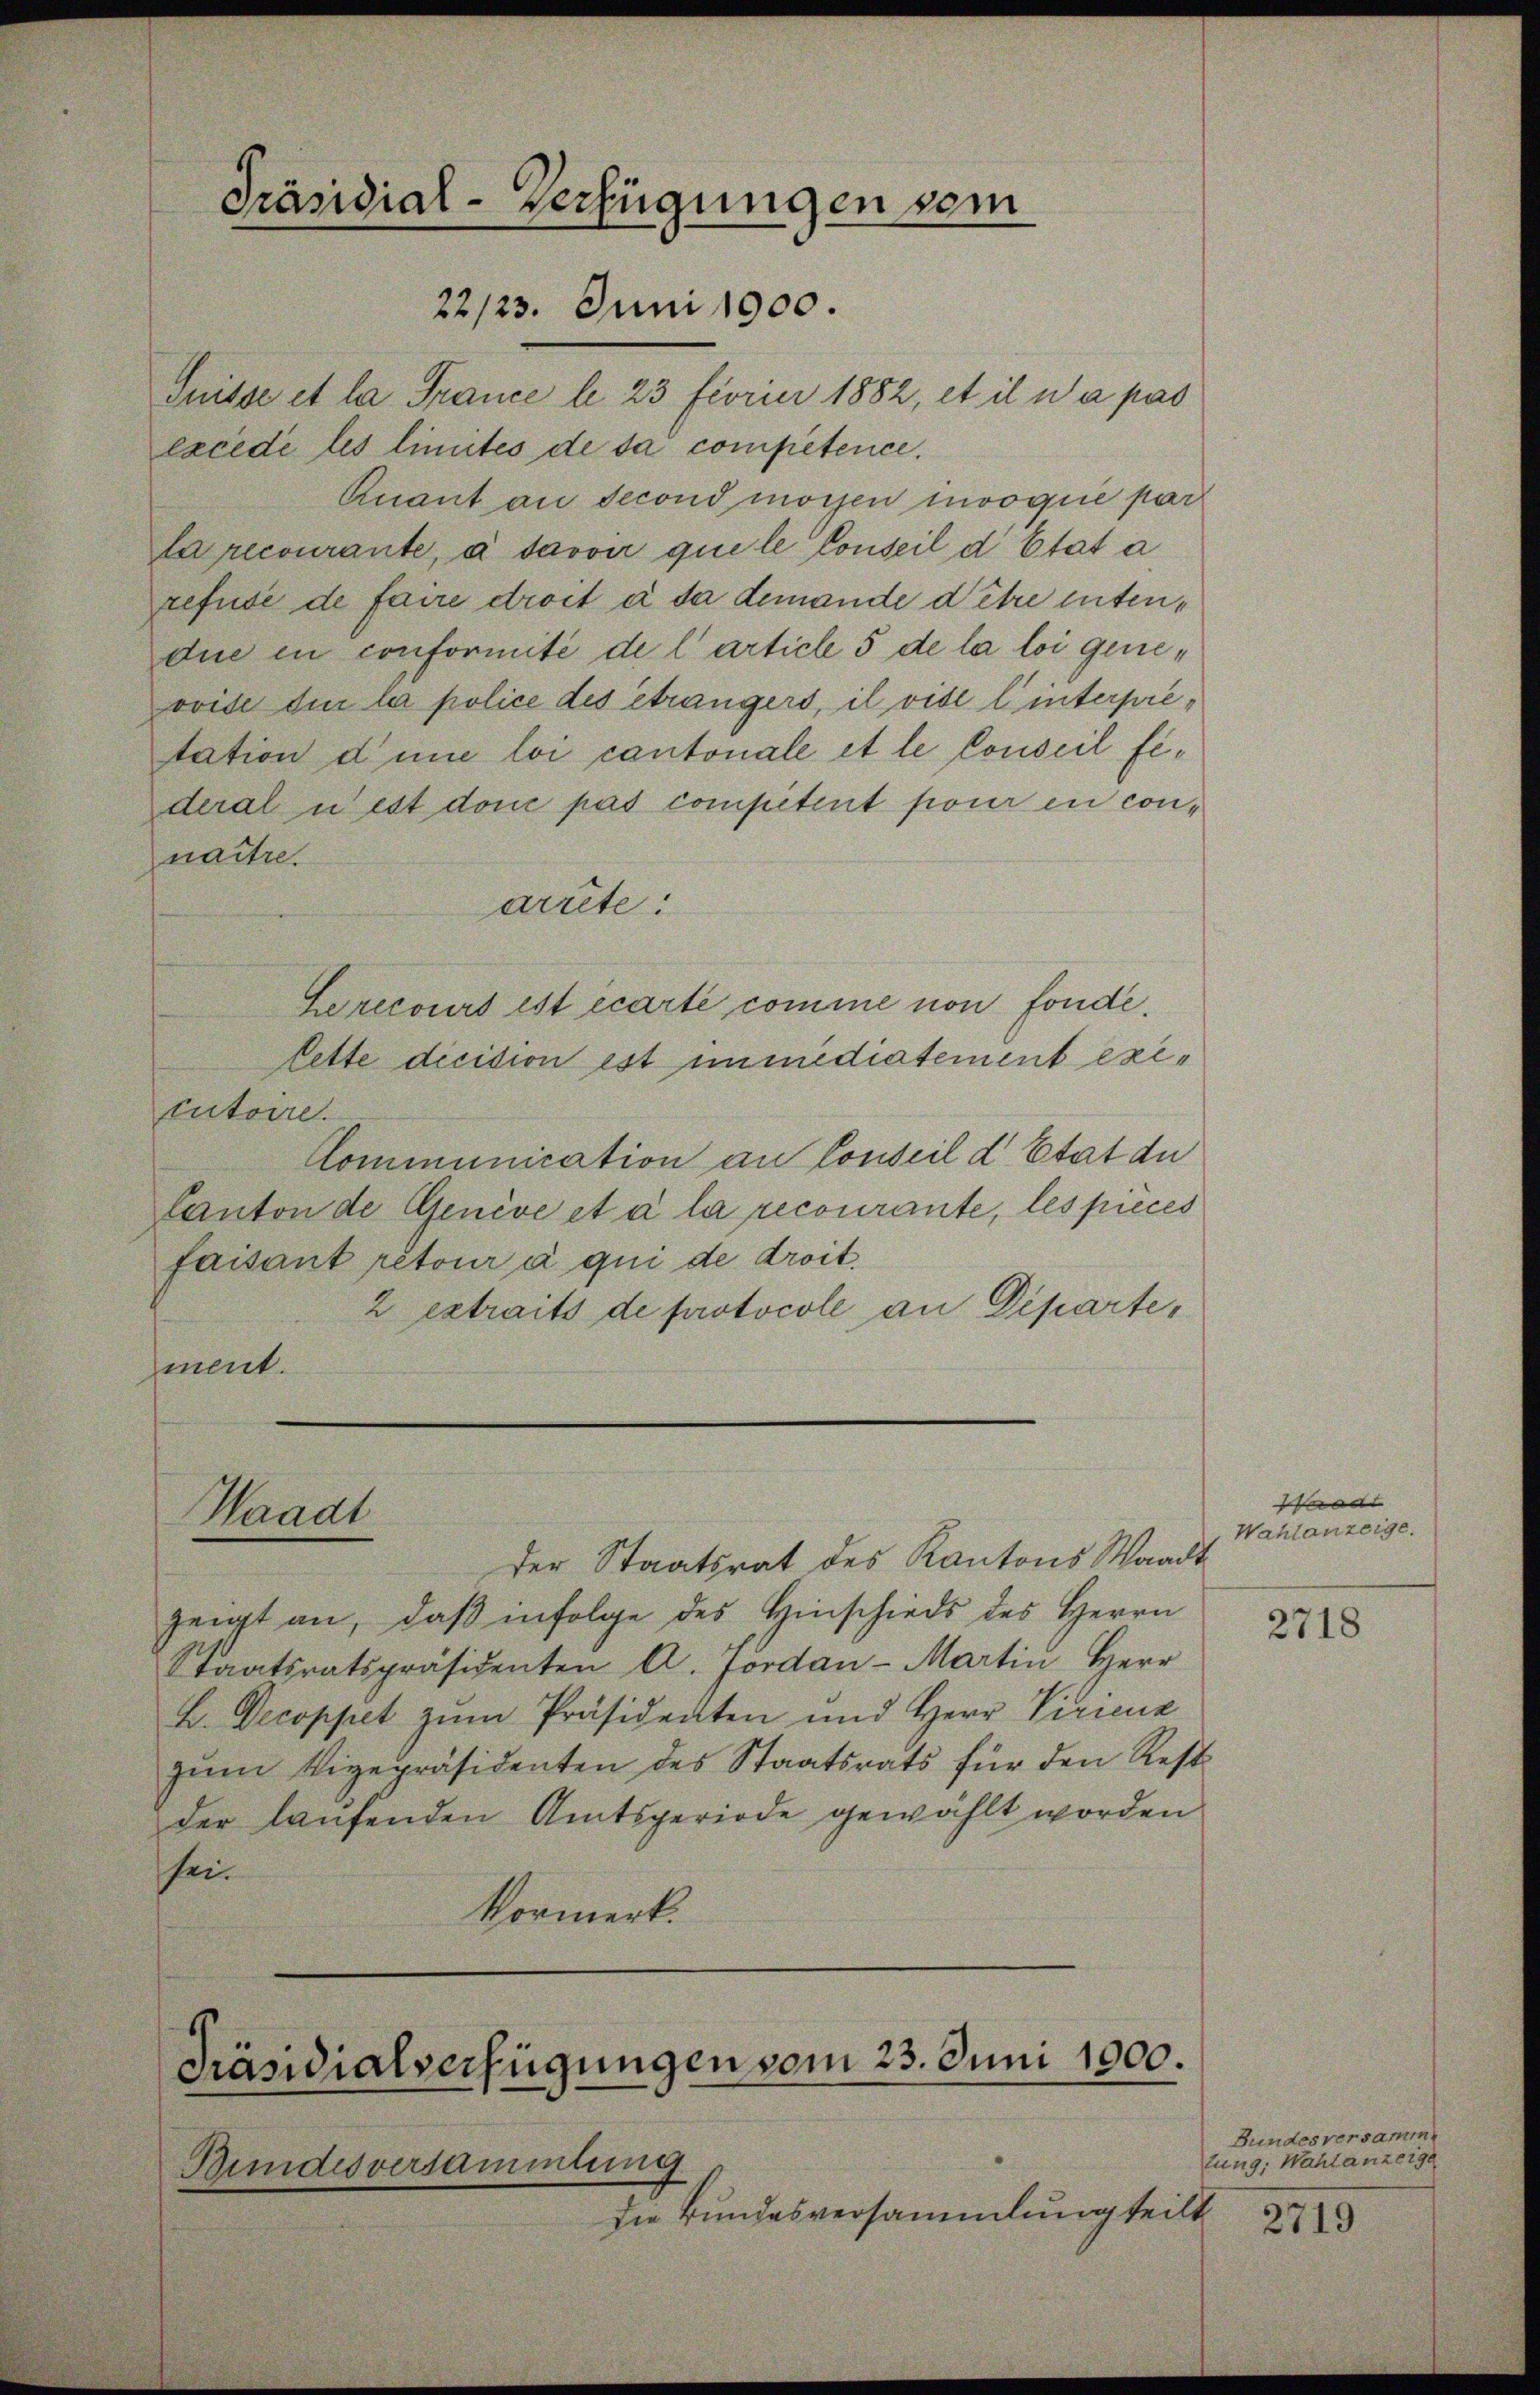
Präsidial-Verfügungen vom
22/23. Juni 1900.

Suisse et la France le 23 Fiorier 1882, et il a pas
excede les limités de da competence.
Quant an second morgen invoque par
la recourante, à savoir que le Conseil d’Etat a
refusé de faire droit à da demande d’être intendie in conformité de l’article 5 de la loi genevvise die la police des étrangers, il vide l’interpretation d’une loi cantonale et le Conseil fideral u est donc pas competent pour en con-
naitre.
arrête:
Gerecours ist écarte comme non fonde.
lette decision est immediatement exicutoire.
Communication an Conseil d Etat de
Canton de Genève et à la recourante, les pieces
faisant retour à qui de droit.
2 extraits de protocoll an Departe,
ment.

Waadt

der Staatsrat des Kantons Waadt
zeigt an, daβ infolge des Hinschieds des Herrn
Staatsratspräsidenten A. Fordan-Martin Herr
B. Decoppet zŭm Präsidenten und Herr Viricuz
zum Vizepräsidenten des Staatsrats für den Rest
der laufenden Amtsperiode gewählt worden
sei.
Vormerk.

Präsidialverfügungen vom 23. Juni 1900.
Bundesversammlung

Die Bundesversammlung teilt

Waadt
Wahlanzeige.

2718

Bundesversamm
tung. Wahlanzeige
2719